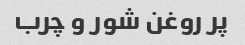
پر روغن شور و چرب